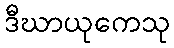
ဒီဃာယုကေသု